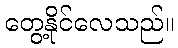
တွေ့နိုင်လေသည်။